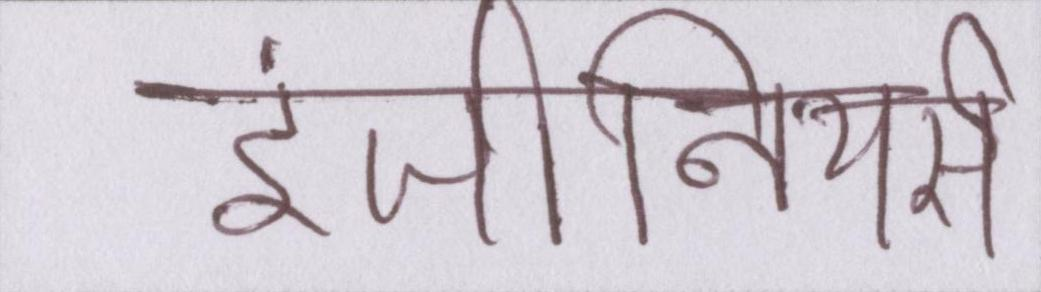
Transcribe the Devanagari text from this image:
इंजीनियर्स